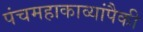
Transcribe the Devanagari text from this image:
पंचमहाकाव्यांपैकी